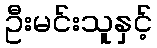
ဦးမင်းသူနှင့်